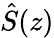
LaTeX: \hat{S}(z)